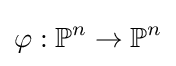
\varphi :\mathbb {P} ^{n}\to \mathbb {P} ^{n}